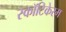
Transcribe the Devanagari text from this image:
स्कॉटिकेरम